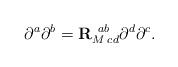
LaTeX: \begin{align*}\partial^{a}\partial^{b}={\bf R}^{ \;\;ab}_{ M\; cd}\partial^{d}\partial^{c}.\end{align*}